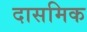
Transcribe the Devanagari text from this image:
दासमिक